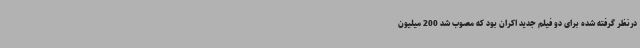
درنظر گرفته شده برای دو فیلم جدید اکران بود که مصوب شد 200 میلیون